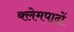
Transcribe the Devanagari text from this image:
क्लेमपादों